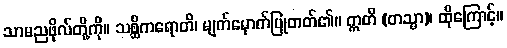
သာမညဖိုလ်တို့ကို။ သစ္ဆိကရောတိ၊ မျက်မှောက်ပြုတတ်၏။ ဣတိ (တသ္မာ)၊ ထိုကြောင့်။